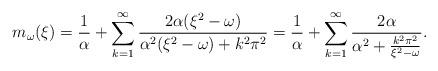
LaTeX: \begin{align*}m_\omega(\xi) &= \frac1{\alpha} + \sum_{k=1}^\infty \frac{2 \alpha (\xi^2 - \omega)}{\alpha^2 (\xi^2 - \omega) +k^2 \pi^2 } = \frac1{\alpha} + \sum_{k=1}^\infty \frac{2 \alpha}{\alpha^2 + \frac{k^2 \pi^2}{\xi^2 - \omega} } . \end{align*}